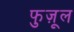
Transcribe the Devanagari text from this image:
फुज़ूल